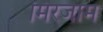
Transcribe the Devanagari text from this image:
मिरजाम